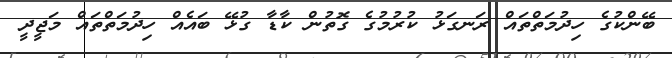
ބޭންކުގެ ހިދުމަތްތައް ރަނގަޅު ކުރުމުގެ ގޮތުން ކާޑާ ގުޅޭ ބައެއް ހިދުމަތްތައް މަޖީދީ